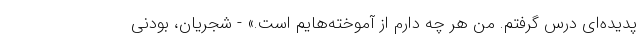
پدیده‌ای درس گرفتم. من هر چه دارم از آموخته‌هایم است.» - شجریان، بودنی